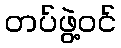
တပ်ဖွဲ့ဝင်